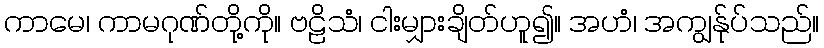
ကာမေ၊ ကာမဂုဏ်တို့ကို။ ဗဠိသံ၊ ငါးမျှားချိတ်ဟူ၍။ အဟံ၊ အကျွန်ုပ်သည်။